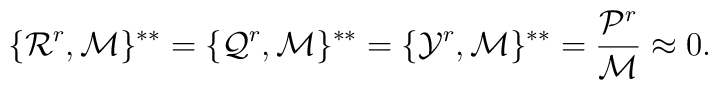
\{{\cal R}^r,{\cal M}\}^{**}= \{{\cal Q}^r,{\cal M}\}^{**}=\{{\cal Y}^r,{\cal M}\}^{**}=\frac{{\cal P}^r}{{\cal M}} \approx0.